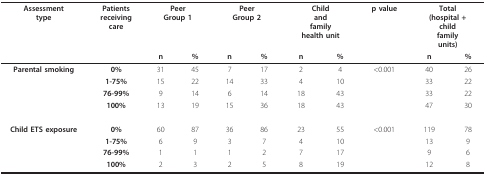
<table><thead><tr><td><b>Assessmenttype</b></td><td><b>Patientsreceivingcare</b></td><td colspan="2"><b>PeerGroup 1</b></td><td colspan="2"><b>PeerGroup 2</b></td><td colspan="2"><b>Childandfamilyhealth unit</b></td><td><b>p value</b></td><td colspan="2"><b>Total(hospital + childfamilyunits)</b></td></tr><tr><td></td><td></td><td><b>n</b></td><td><b>%</b></td><td><b>n</b></td><td><b>%</b></td><td><b>n</b></td><td><b>%</b></td><td></td><td><b>n</b></td><td><b>%</b></td></tr></thead><tbody><tr><td><b>Parental smoking</b></td><td><b>0%</b></td><td>31</td><td>45</td><td>7</td><td>17</td><td>2</td><td>4</td><td>&lt;0.001</td><td>40</td><td>26</td></tr><tr><td></td><td><b>1-75%</b></td><td>15</td><td>22</td><td>14</td><td>33</td><td>4</td><td>10</td><td></td><td>33</td><td>22</td></tr><tr><td></td><td><b>76-99%</b></td><td>9</td><td>14</td><td>6</td><td>14</td><td>18</td><td>43</td><td></td><td>33</td><td>22</td></tr><tr><td></td><td><b>100%</b></td><td>13</td><td>19</td><td>15</td><td>36</td><td>18</td><td>43</td><td></td><td>47</td><td>30</td></tr><tr><td><b>Child ETS exposure</b></td><td><b>0%</b></td><td>60</td><td>87</td><td>36</td><td>86</td><td>23</td><td>55</td><td>&lt;0.001</td><td>119</td><td>78</td></tr><tr><td></td><td><b>1-75%</b></td><td>6</td><td>9</td><td>3</td><td>7</td><td>4</td><td>10</td><td></td><td>13</td><td>9</td></tr><tr><td></td><td><b>76-99%</b></td><td>1</td><td>1</td><td>1</td><td>2</td><td>7</td><td>17</td><td></td><td>9</td><td>6</td></tr><tr><td></td><td><b>100%</b></td><td>2</td><td>3</td><td>2</td><td>5</td><td>8</td><td>19</td><td></td><td>12</td><td>8</td></tr></tbody></table>